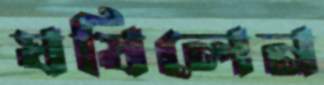
ঘষিলেন